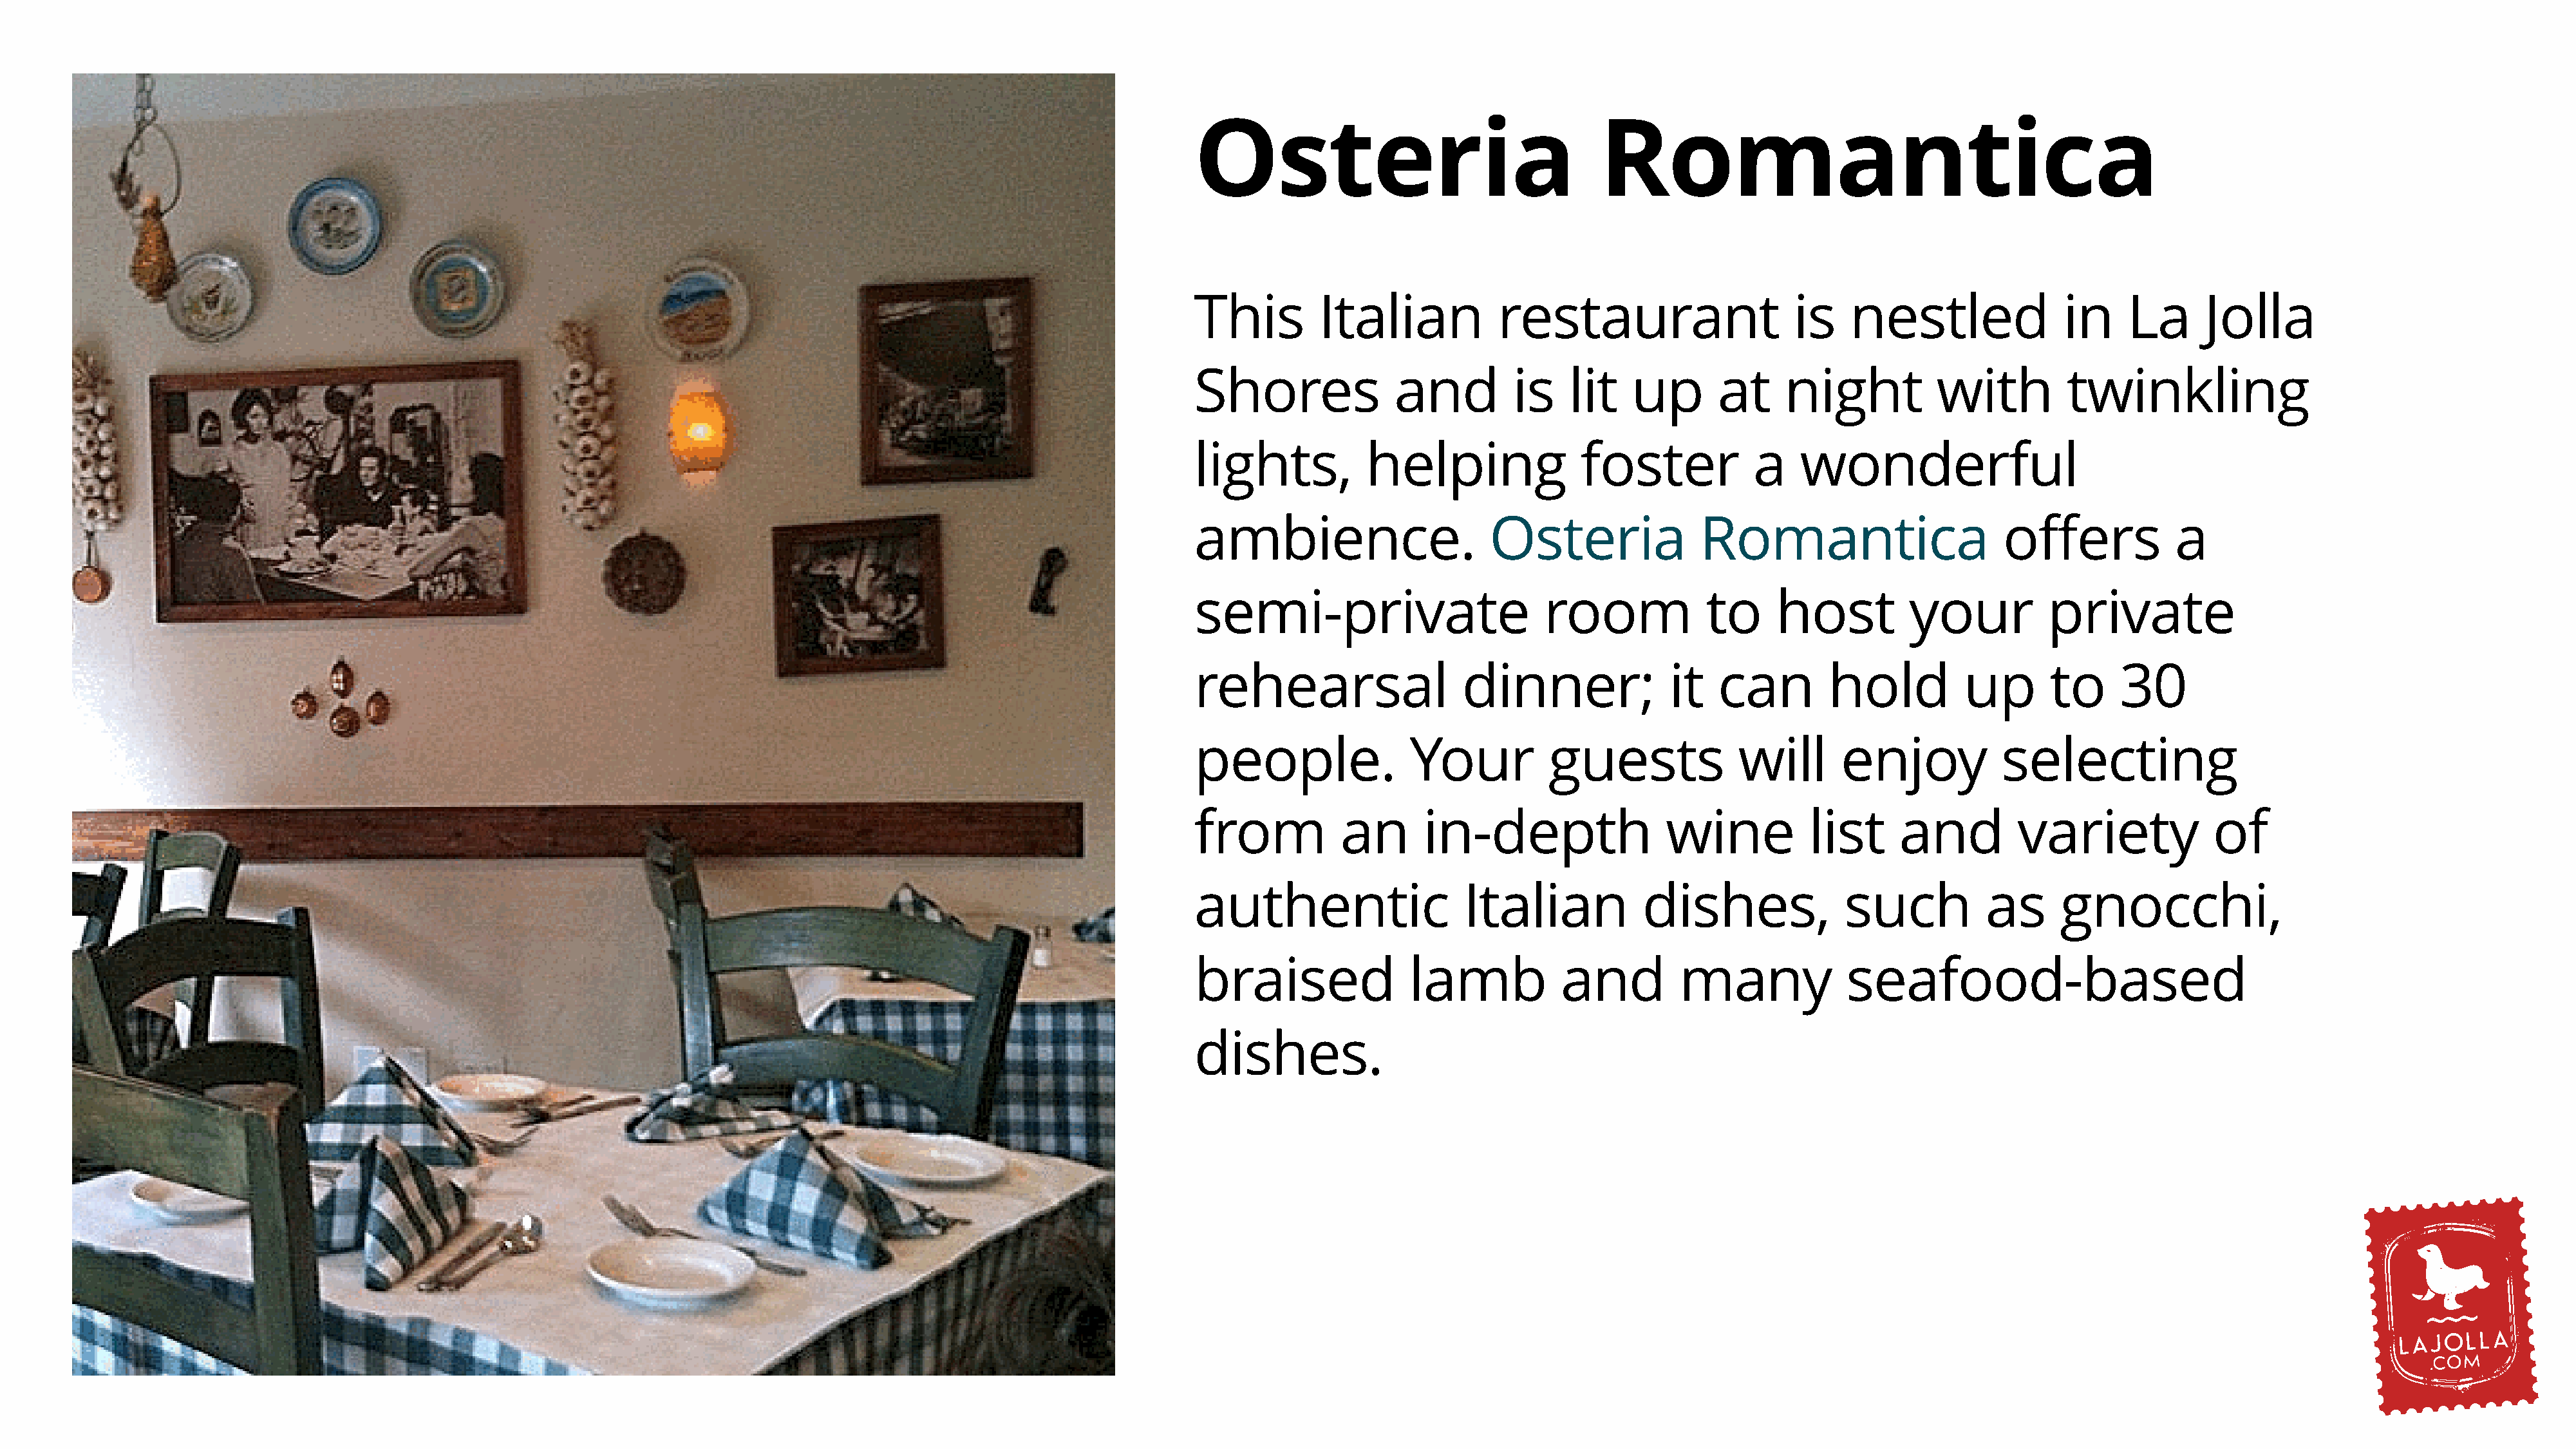
Osteria                                  Romantica
 This         Italian           restaurant                    is    nestled               in     La      Jolla
 Shores              and         is    lit    up       at    night           with         twinkling
 lights,          helping               foster            a    wonderful
 ambience.                     Osteria               Romantica                      offers            a
 semi-private                        room            to      host         your          private
 rehearsal                  dinner;               it   can        hold          up       to     30
 people.               Your          guests              will      enjoy            selecting
 from           an      in-depth                 wine           list     and         variety             of
 authentic                  Italian            dishes,              such          as      gnocchi,
 braised               lamb           and          many             seafood-based
 dishes.